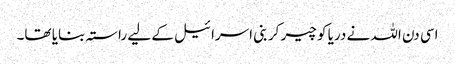
اسی دن اللہ نے دریا کو چیر کر بنی اسرائیل کے لیے راستہ بنایا تھا۔